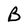
Character: B